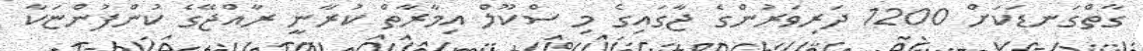
ގާތްގަނޑަކަށް 1200 ދަރިވަރުންގެ ޖާގައިގެ މި ސްކޫލް އިމާރާތް ކުރާނީ ރާއްޖޭގެ ކުންފުންޏަކާ